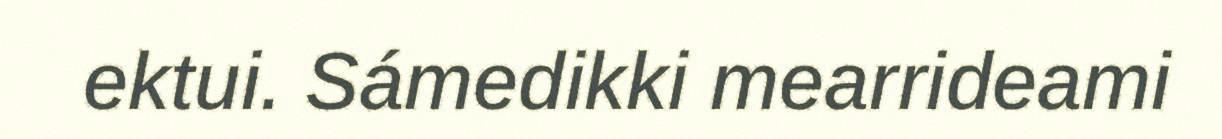
ektui. Sámedikki mearrideami